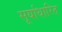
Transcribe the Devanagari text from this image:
सूर्याधारित